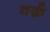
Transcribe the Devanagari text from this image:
वर्क़